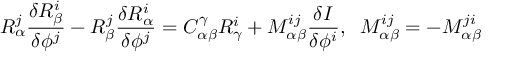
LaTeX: R _ { \alpha } ^ { j } \frac { \delta R _ { \beta } ^ { i } } { \delta \phi ^ { j } } - R _ { \beta } ^ { j } \frac { \delta R _ { \alpha } ^ { i } } { \delta \phi ^ { j } } = C _ { \alpha \beta } ^ { \gamma } R _ { \gamma } ^ { i } + M _ { \alpha \beta } ^ { i j } \frac { \delta I } { \delta \phi ^ { i } } , \; \; M _ { \alpha \beta } ^ { i j } = - M _ { \alpha \beta } ^ { j i }